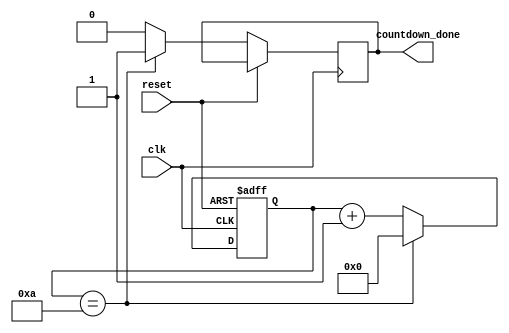
module countdown_timer (
    input wire clk,
    input wire reset,
    output reg countdown_done
);

reg [7:0] counter;
reg [7:0] preset_value = 8'd10;

always @(posedge clk or posedge reset) begin
    if (reset) begin
        counter <= 8'd0;
    end else begin
        if (counter == preset_value) begin
            counter <= 8'd0;
            countdown_done <= 1;
        end else begin
            counter <= counter + 8'd1;
            countdown_done <= 0;
        end
    end
end

endmodule